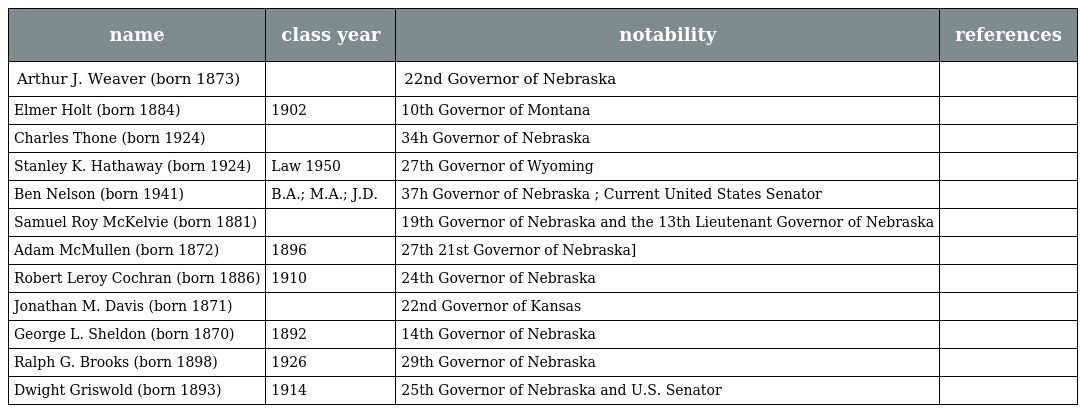
| name | class year | notability | references |
 | --- | --- | --- | --- |
 | Arthur J. Weaver (born 1873) |  | 22nd Governor of Nebraska |  |
 | Elmer Holt (born 1884) | 1902 | 10th Governor of Montana |  |
 | Charles Thone (born 1924) |  | 34h Governor of Nebraska |  |
 | Stanley K. Hathaway (born 1924) | Law 1950 | 27th Governor of Wyoming |  |
 | Ben Nelson (born 1941) | B.A.; M.A.; J.D. | 37h Governor of Nebraska ; Current United States Senator |  |
 | Samuel Roy McKelvie (born 1881) |  | 19th Governor of Nebraska and the 13th Lieutenant Governor of Nebraska |  |
 | Adam McMullen (born 1872) | 1896 | 27th 21st Governor of Nebraska] |  |
 | Robert Leroy Cochran (born 1886) | 1910 | 24th Governor of Nebraska |  |
 | Jonathan M. Davis (born 1871) |  | 22nd Governor of Kansas |  |
 | George L. Sheldon (born 1870) | 1892 | 14th Governor of Nebraska |  |
 | Ralph G. Brooks (born 1898) | 1926 | 29th Governor of Nebraska |  |
 | Dwight Griswold (born 1893) | 1914 | 25th Governor of Nebraska and U.S. Senator |  |